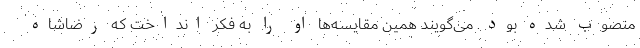
منصوب شده بود. می‌گویند همین‌ مقایسه‌ها او را به فکر انداخت که رضاشاه